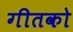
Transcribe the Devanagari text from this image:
गीतको